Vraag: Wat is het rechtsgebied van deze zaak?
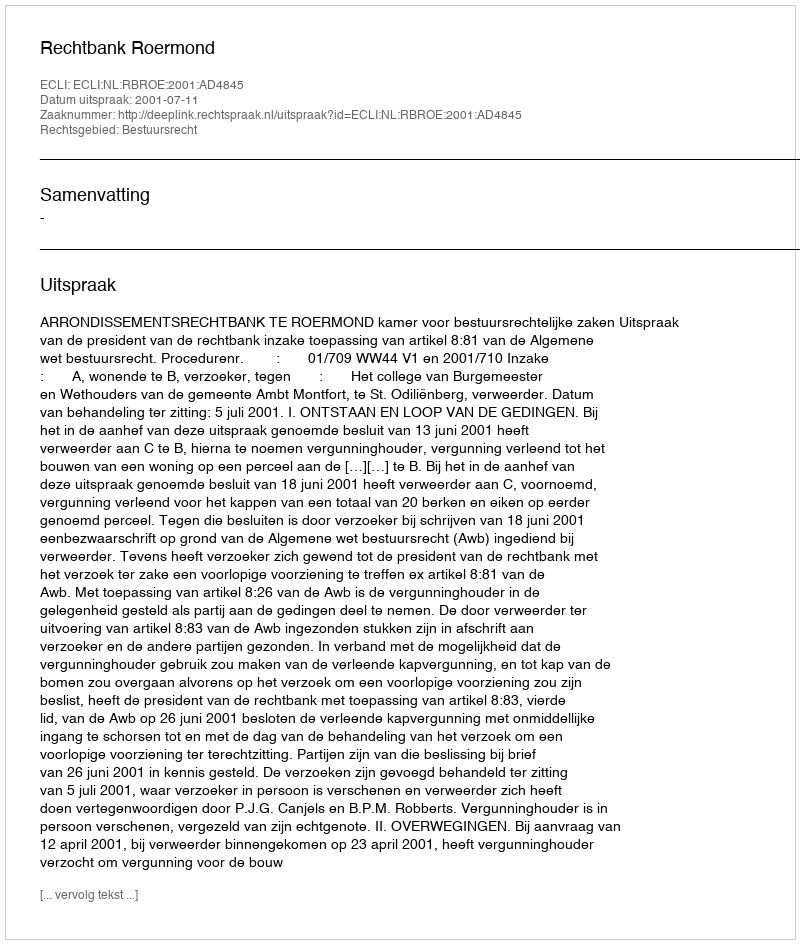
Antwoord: Bestuursrecht